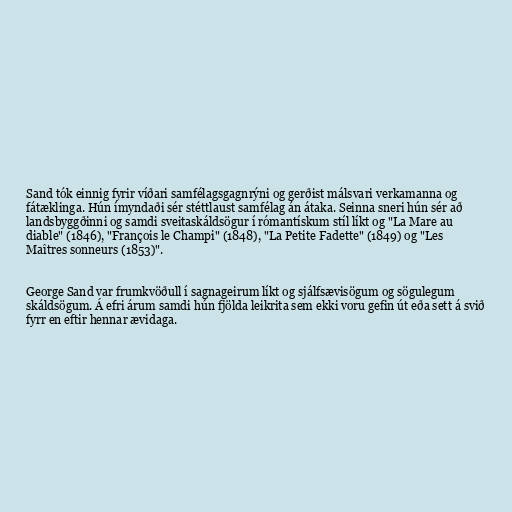
Sand tók einnig fyrir víðari samfélagsgagnrýni og gerðist málsvari verkamanna og
fátæklinga. Hún ímyndaði sér stéttlaust samfélag án átaka. Seinna sneri hún sér að
landsbyggðinni og samdi sveitaskáldsögur í rómantískum stíl líkt og "La Mare au
diable" (1846), "François le Champi" (1848), "La Petite Fadette" (1849) og "Les
Maîtres sonneurs (1853)".

George Sand var frumkvöðull í sagnageirum líkt og sjálfsævisögum og sögulegum
skáldsögum. Á efri árum samdi hún fjölda leikrita sem ekki voru gefin út eða sett á svið
fyrr en eftir hennar ævidaga.